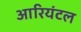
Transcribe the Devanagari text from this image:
आरियंटल